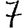
Digit: 7